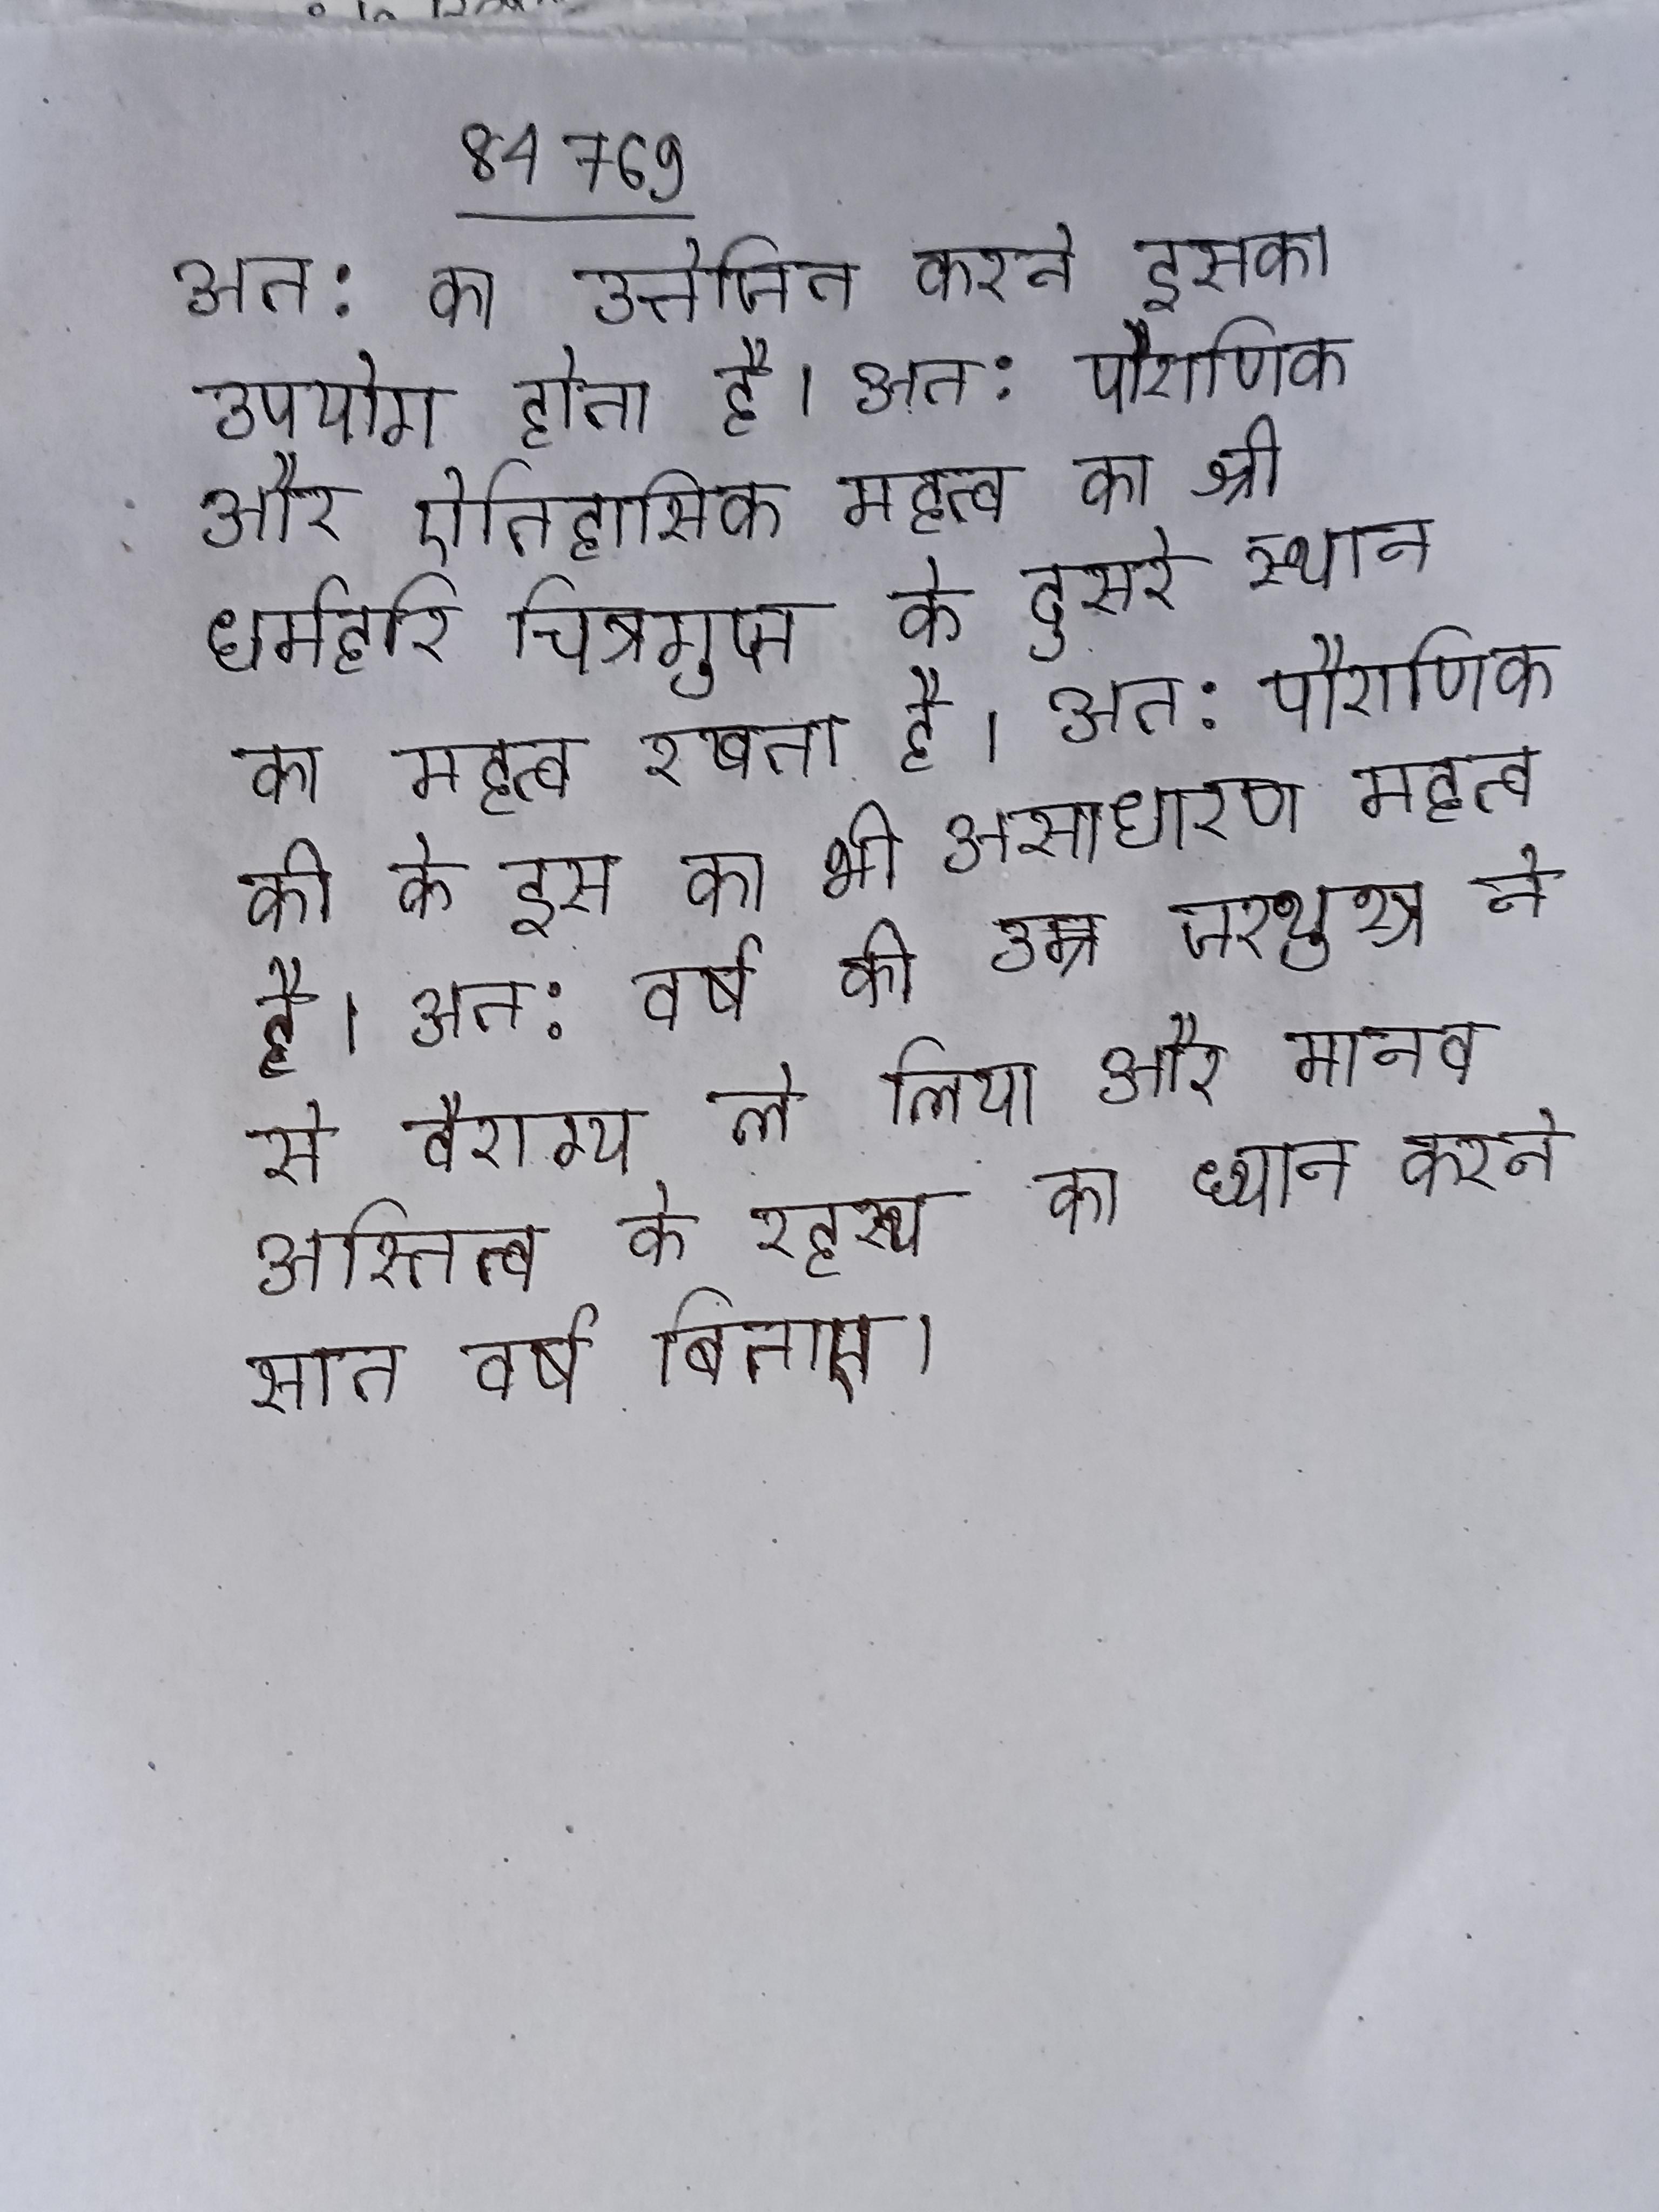
अत: का उत्तेजित करने इसका उपयोग होता है । अत: पौराणिक और ऐतिहासिक महत्व का श्री धर्महरि चित्रगुप्त के दूसरे स्थान का महत्व रखता है । अत: पौराणिक की के इस का भी असाधारण महत्व है । अत: वर्ष की उम्र जरथुश्त्र ने से वैराग्य ले लिया और मानव अस्तित्व के रहस्य का ध्यान करने सात वर्ष बिताए ।